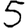
Digit: 5